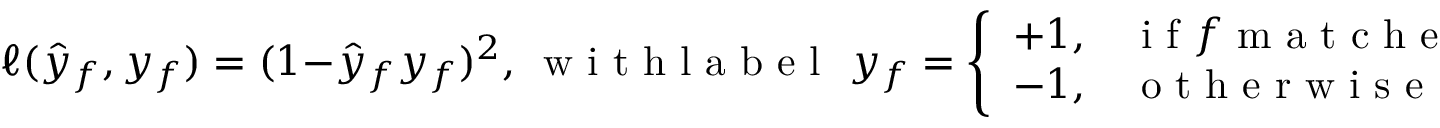
\ell ( \hat { y } _ { f } , y _ { f } ) = ( 1 - \hat { y } _ { f } y _ { f } ) ^ { 2 } , \, \mathrm { ~ w ~ i ~ t ~ h ~ l ~ a ~ b ~ e ~ l ~ \ } y _ { f } = \left\{ \begin{array} { l l } { + 1 , } & { \mathrm { ~ i ~ f ~ } f \mathrm { ~ m ~ a ~ t ~ c ~ h ~ e ~ d ~ t ~ o ~ t ~ r ~ u ~ e ~ j ~ e ~ t ~ c ~ l ~ a ~ s ~ s ~ } } \\ { - 1 , } & { \mathrm { ~ o ~ t ~ h ~ e ~ r ~ w ~ i ~ s ~ e ~ } } \end{array} \right. .